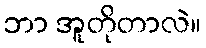
ဘာ အူတိုတာလဲ။